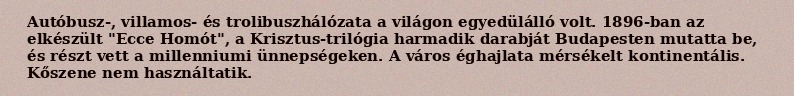
Autóbusz-, villamos- és trolibuszhálózata a világon egyedülálló volt. 1896-ban az elkészült "Ecce Homót", a Krisztus-trilógia harmadik darabját Budapesten mutatta be, és részt vett a millenniumi ünnepségeken. A város éghajlata mérsékelt kontinentális. Kőszene nem használtatik.